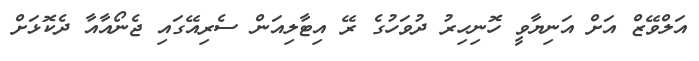
އަލްވޭޒް އަށް އަނިޔާވީ ހޮނިހިރު ދުވަހުގެ ރޭ އިޓާލިއަން ސެރިއޭގައި ޖެނޯއާއާ ދެކޮޅަށް